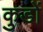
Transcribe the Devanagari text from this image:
कुडों